Elephants and their diseases
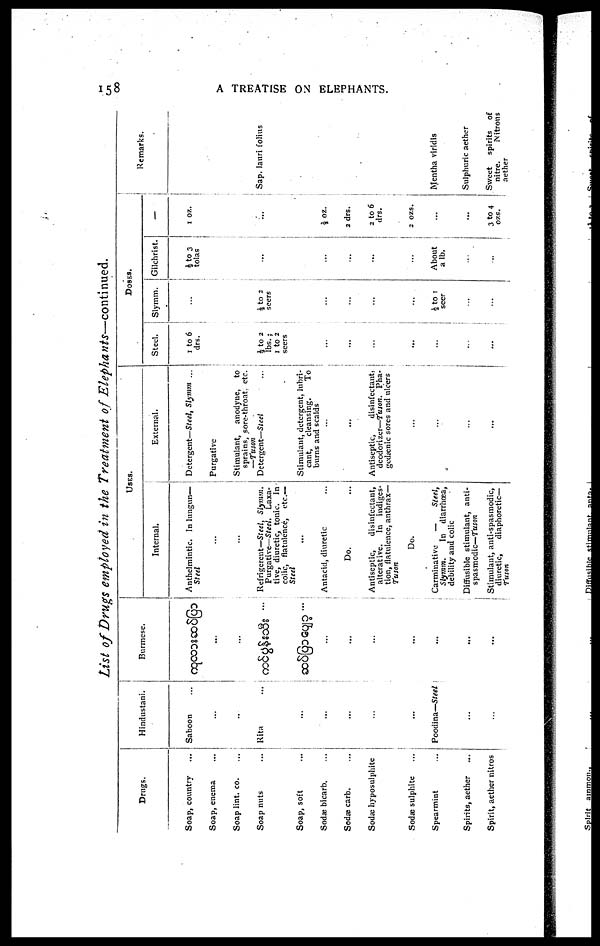
158
A TREATISE ON ELEPHANTS.
List of Drugs employed in the Treatment of Elephants—continued.
Drugs.
Soap, country
Soap, enema
Soap lint. co.
Soap nuts
Soap, soft
Sodæ bicarb.
Sodæ carb.
Sodæ hyposulphite
Sodæ sulphite
Spearmint
Spirits, aether
Spirit, aether nitros
Hindustani.
Saboon
...
...
Rita
...
...
...
...
...
Poodina—Steel
..
...
Burmese.
...
...
...
...
...
...
...
...
USES.
Internal.
Anthelmintic. In lungun—
Steel
...
...
Refrigerent— Steel,
Slymm.
Purgative—Steel. Laxa-
tive, diuretic, tonic. In -
colic,
flatulence,
etc.—
Steel
Antacid, diuretic
Do.
Antiseptic,
disinfectant,
alterative. In indiges-
tion, flatulence, anthrax—
Tuton
Do.
Carminative — Steel,
Slymm.
In
diarrhoea,
debility and colic
Diffusible stimulant, anti-
spasmodic—fuson
Stimulant, anti-spasmodic,
diuretic,
diaphoretic—
Tuson
External.
Detergent—Steel, Slymm ...
Purgative
Stimulant,
anodyne,
to
sprains, sore-throat. etc.
—Tuson
Detergent—Steel
Stimulant, detergent, lubri-
cant,
cleansing.
To
burns and scalds
...
...
Antiseptic,
disinfectant,
deodorizer—Tuson. Pha-
gedænic sores and ulcers
...
...
...
...
DOSES.
Steel.
1 to 6
drs.
½ to 2
lbs.;
1 to 2
seers
...
...
...
...
...
..
...
...
Slymm.
...
½ to 2
seers
...
...
...
...
½ to 1
seer
...
...
Gilchrist.
½ to 3
tolas
...
...
...
...
...
About
alb.
...
...
—
1 oz..
...
½ oz.
2 drs.
2 to 6
drs.
2 ozs.
...
...
3 to 4
ozs.
Remarks.
Sap. lauri folius
Mentha viridis
Sulphuric aether
Sweet
spirits
of
nitre.
Nitrons
aether